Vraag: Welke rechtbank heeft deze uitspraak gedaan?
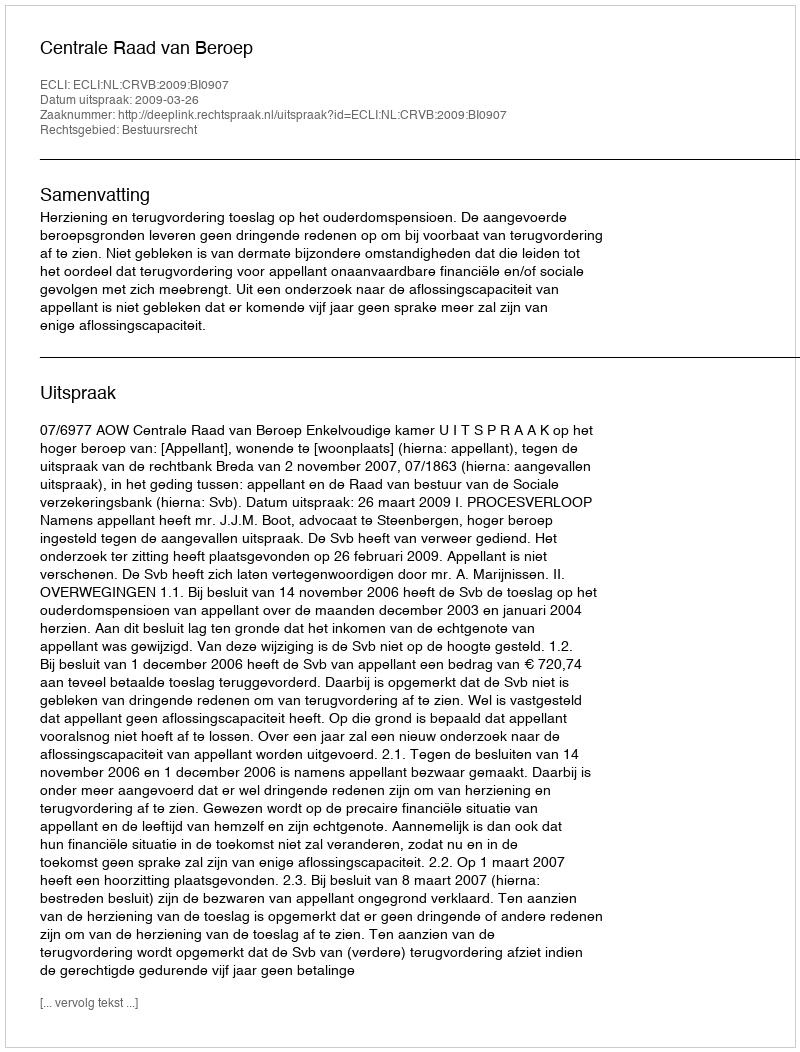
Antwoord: Centrale Raad van Beroep